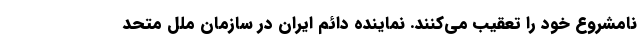
نامشروع خود را تعقیب می‌کنند. نماینده دائم ایران در سازمان ملل متحد